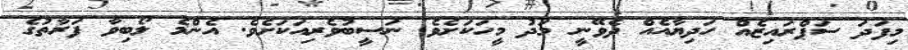
މިފަދަ ސަޕްރައިޒެއް ހަދިޔާއެއް ދެވޭނީ މަދު މީހަކަށެވެ. ނަސީބުވެރިއަކަށެވެ. އެންމެ ލޯބިވާ ފަރާތުގެ